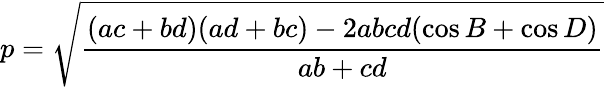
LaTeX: p={\sqrt{\frac{(ac+bd)(ad+bc)-2abcd(\cos{B}+\cos{D})}{ab+cd}}}